65_HS1-834228961_62-HQ-83894_Section_9
Agency: FBI
Page 153
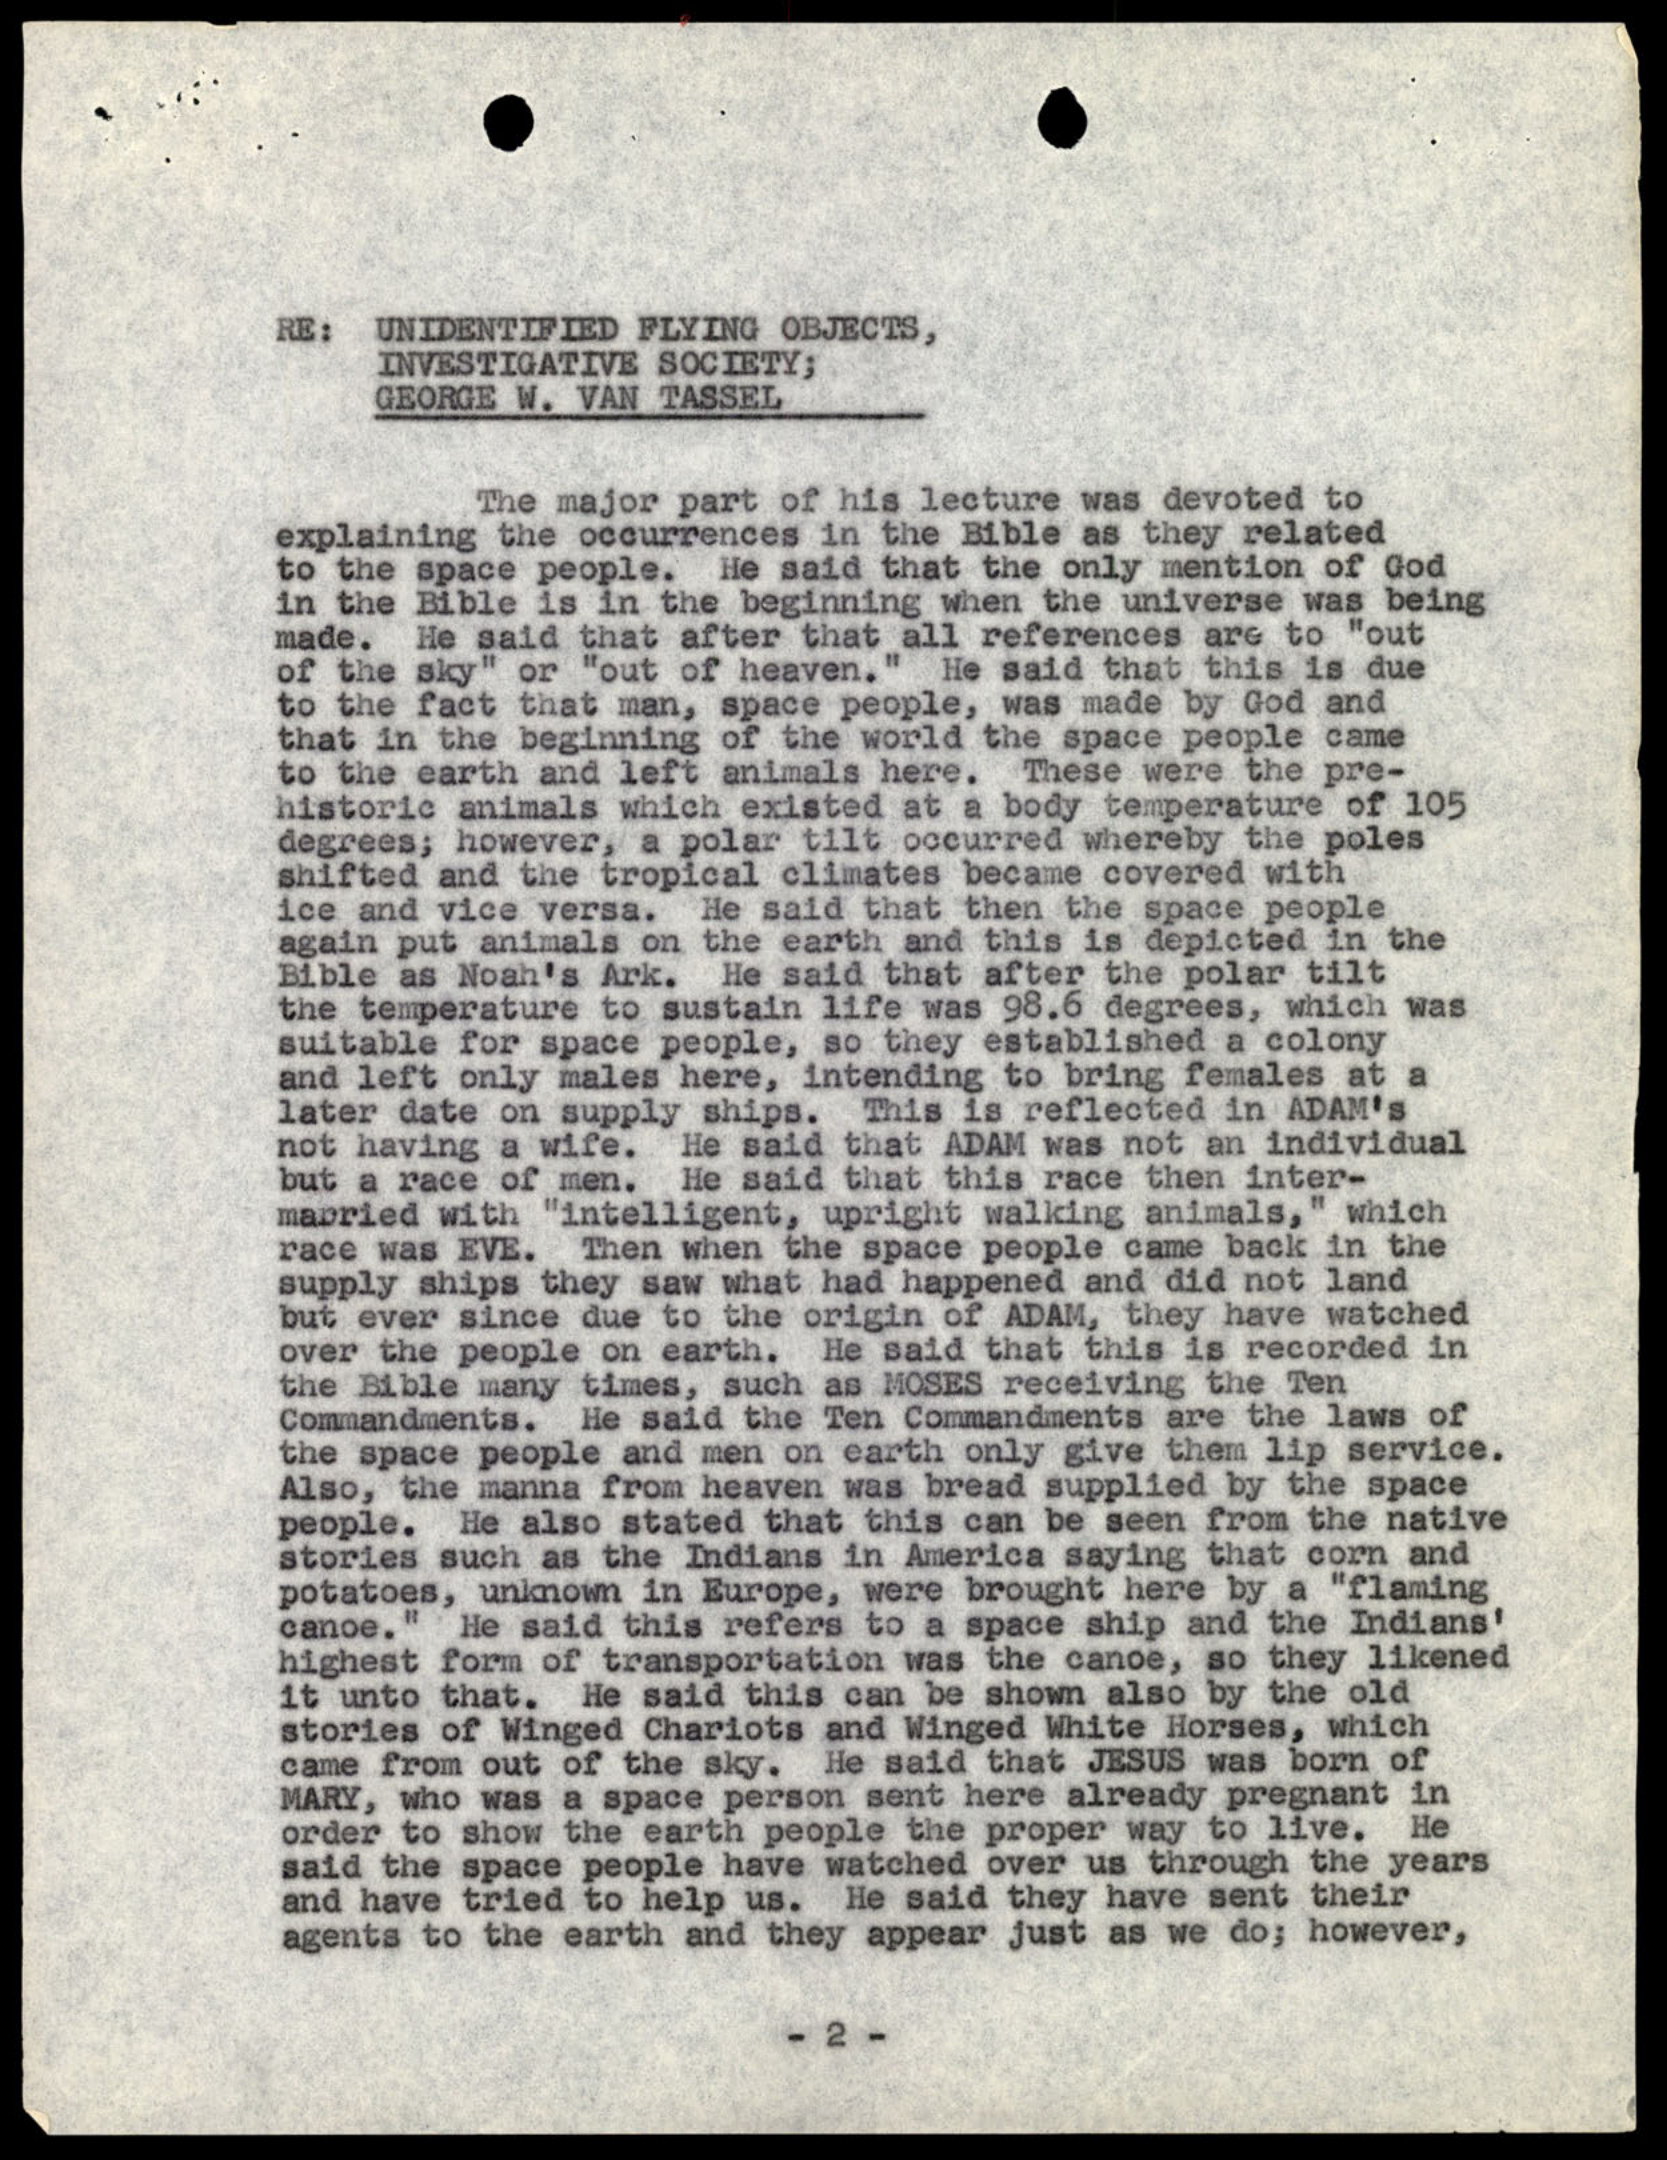